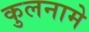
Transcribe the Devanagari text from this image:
कुलनामे